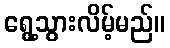
ရွေ့သွားလိမ့်မည်။